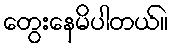
တွေးနေမိပါတယ်။